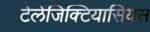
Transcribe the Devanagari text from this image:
टेलेंजिक्टियासियस